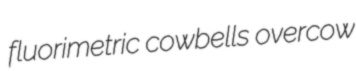
fluorimetric cowbells overcow